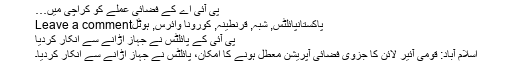
پی آئی اے کے فضائی عملے کو کراچی میں…
پاکستانپائلٹس, شبہ, قرنطینہ, کورونا وائرس, ہوٹلLeave a comment
پی آئی کے پائلٹس نے جہاز اڑانے سے انکار کردیا
اسلام آباد: قومی آئیر لائن کا جزوی فضائی آپریشن معطل ہونے کا امکان، پائلٹس نے جہاز اڑانے سے انکار کردیا۔